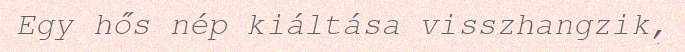
Egy hős nép kiáltása visszhangzik,